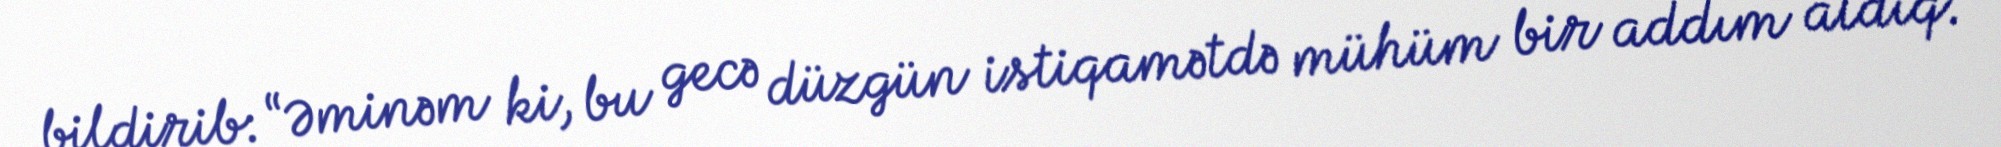
bildirib: “Əminəm ki, bu gecə düzgün istiqamətdə mühüm bir addım atdıq.